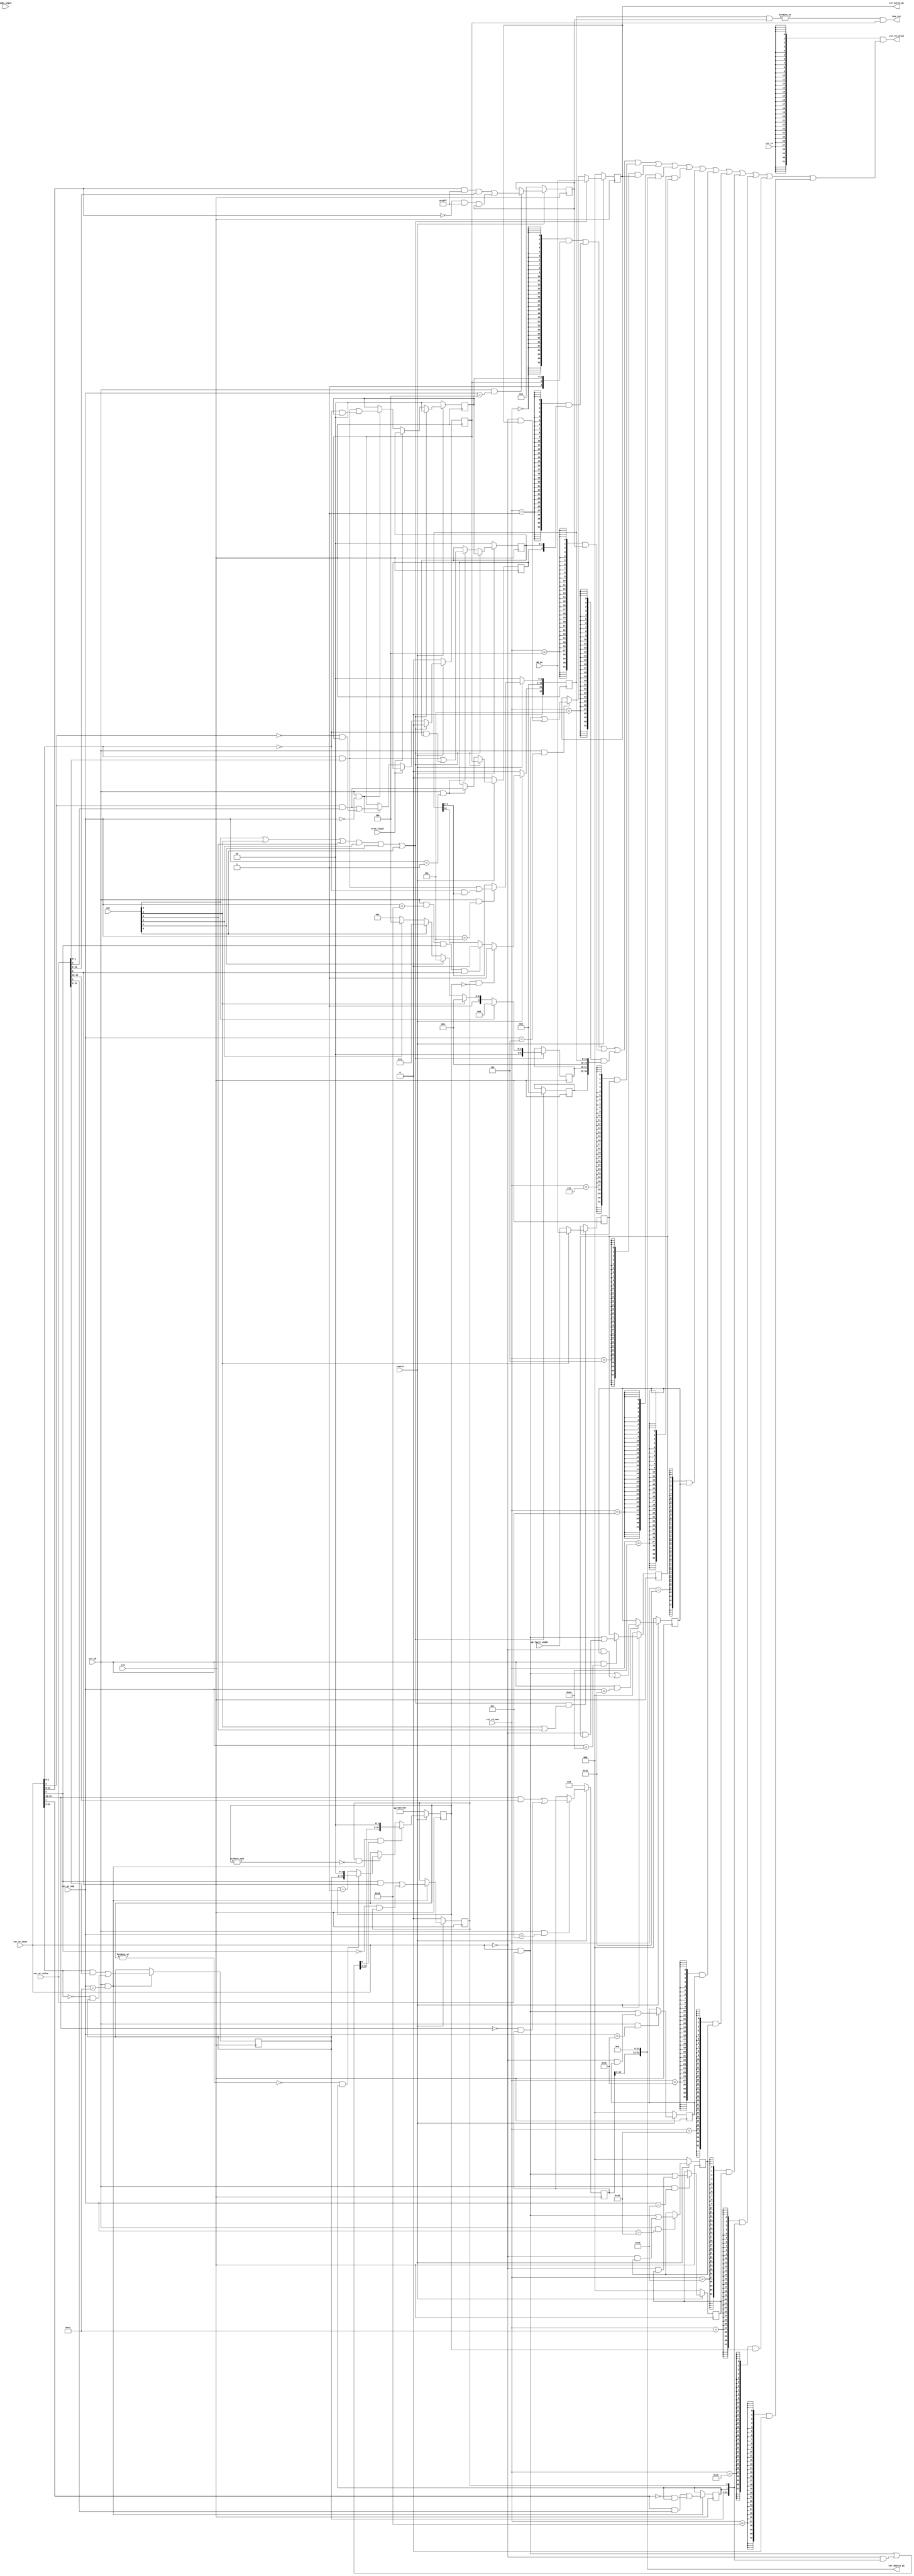
`timescale 1ns / 1ps

module csr(
    input         clk,
    input  [5 :0] exc,//{INT,ADEF,ALE,BRK,INE,SYS}
    input         ertn_flush,
    input         resetn,
    input         csr_re,
    input  [13:0] csr_wr_num,
    input  [13:0] csr_rd_num,
    input         csr_we,
    input  [31:0] csr_wr_mask,
    input  [31:0] csr_wr_value,
    input  [31:0] badv_input,
    input  [31:0] wb_pc,
    input  [31:0] wb_fault_vaddr,
    output [31:0] csr_rd_value,
    output [31:0] csr_eentry_pc,
    output [31:0] csr_eertn_pc,
    output        has_int
);


localparam  CSR_CRMD                = 14'h0,
            CSR_CRMD_PLV_START      = 0,
            CSR_CRMD_PLV_END        = 1,
            CSR_CRMD_IE             = 2,
            CSR_PRMD                = 14'h1,
            CSR_PRMD_PPLV_START     = 0,
            CSR_PRMD_PPLV_END       = 1,
            CSR_PRMD_PIE            = 2,
            CSR_ECFG                = 14'h4,
            CSR_ECFG_LIE_START      = 0,
            CSR_ECFG_LIE_END        = 12,
            CSR_ESTAT               = 14'h5,
            CSR_ESTAT_IS10_START    = 0,
            CSR_ESTAT_IS10_END      = 1,
            CSR_ERA                 = 14'h6,
            CSR_BADV                = 14'h7,
            CSR_ERA_PC_START        = 0,
            CSR_ERA_PC_END          = 31,
            CSR_EENTRY              = 14'hc,
            CSR_EENTRY_VA_START     = 12,
            CSR_EENTRY_VA_END       = 31,
            CSR_SAVE0               = 14'h30,
            CSR_SAVE1               = 14'h31,
            CSR_SAVE2               = 14'h32,
            CSR_SAVE3               = 14'h33,
            CSR_SAVE_DATA_START     = 0,
            CSR_SAVE_DATA_END       = 31,
            CSR_TICLR               = 14'h44,
            CSR_TICLR_CLR           = 0,
            CSR_TID                 = 14'h40,
            CSR_TID_TID_START       = 0,
            CSR_TID_TID_END         = 31,
            CSR_TCFG                = 14'h41,
            CSR_TCFG_EN             = 0,
            CSR_TCFG_PERIOD         = 1,
            CSR_TCFG_INITVAL_START  = 2,
            CSR_TCFG_INITVAL_END    = 31,
            CSR_TVAL                = 14'h42;
//crmd start
wire [31:0] csr_crmd;
reg  [1 :0] csr_crmd_plv;
reg         csr_crmd_ie;
//below should be down in virtual memory
wire        csr_crmd_da;
wire        csr_crmd_pg;
wire [1 :0] csr_crmd_datf;
wire [1 :0] csr_crmd_datm;
//crmd end
//prmd start
wire [31:0] csr_prmd;
reg  [1 :0] csr_prmd_pplv;
reg         csr_prmd_pie;
//prmd end
//ecfg start
wire [31:0] csr_ecfg;
reg  [12:0] csr_ecfg_lie;
//ecfg end
//estate start
wire [31:0] csr_estat;
reg  [12:0] csr_estat_is;
reg  [5 :0] csr_estat_ecode;
reg  [8 :0] csr_estat_esubcode;
wire [5 :0] wb_ecode;
wire [8 :0] wb_esubcode;
//estate end
//era start
wire [31:0] csr_era;
reg  [31:0] csr_era_pc;
//era end
//badv start
wire [31:0] csr_badv;
reg  [31:0] csr_badv_pc;
//badv end
//eentry start
wire [31:0] csr_eentry;
reg  [20:0] csr_eentry_va;
//eentry end
//savr start
reg  [31:0] csr_save0_data;
reg  [31:0] csr_save1_data;
reg  [31:0] csr_save2_data;
reg  [31:0] csr_save3_data;
//save end
//tid start
wire [31:0] csr_tid;
reg  [31:0] csr_tid_tid;
//tid end
//tcfg start
wire [31:0] csr_tcfg;
reg         csr_tcfg_en;
reg         csr_tcfg_periodic;
reg  [29:0] csr_tcfg_initval;
wire [31:0] tcfg_next_value;
wire [31:0] csr_tval;//tcfg is read only
//tcfg end
//tval begin
reg  [31:0] timer_cnt;
//tval end
//ticlr start
wire        csr_ticlr_clr;
//ticlr end
wire        wb_ex;
wire        int,adef,ale,brk,ine,sys;
wire        break;
//non-sense wire
wire [7 :0] hw_int_in;
wire [31:0] core_id;
wire        wb_ex_addr_err;

assign {int,adef,ale,brk,ine,sys} = exc;
assign wb_ex = int | adef | ale | brk | ine | sys;
assign wb_ecode = int ? 6'h0 : adef ? 6'h08 : ine ? 6'h0D : sys ? 6'hB : 
                  brk ? 6'hc : 6'h9;
assign wb_esubcode = 9'b0;
assign hw_int_in = 8'b0;
assign core_id = 32'b0;
assign has_int = ((|(csr_estat_is[12:0] & csr_ecfg_lie[12:0])) & csr_crmd_ie);
assign wb_ex_addr_err = adef | ale;
//crmd start
always @(posedge clk ) begin
    if(~resetn)
        csr_crmd_plv <= 2'b0;
    else if(wb_ex)
        csr_crmd_plv <= 2'b0;
    else if(ertn_flush)
        csr_crmd_plv <= csr_prmd_pplv;//eret
    else if(csr_we && csr_wr_num == CSR_CRMD)
        csr_crmd_plv <= csr_wr_mask[CSR_CRMD_PLV_END:CSR_CRMD_PLV_START] & csr_wr_value[CSR_CRMD_PLV_END:CSR_CRMD_PLV_START]
                        | ~csr_wr_mask[CSR_CRMD_PLV_END: CSR_CRMD_PLV_START] & csr_crmd_plv;
end

always @(posedge clk ) begin
    if(~resetn)
        csr_crmd_ie <= 1'b0;
    else if(wb_ex)
        csr_crmd_ie <= 1'b0;
    else if(ertn_flush)
        csr_crmd_ie <= csr_prmd_pie;
    else if(csr_we && csr_wr_num == CSR_CRMD)
        csr_crmd_ie <= csr_wr_mask[CSR_CRMD_IE] & csr_wr_value[CSR_CRMD_IE]
                       | ~csr_wr_mask[CSR_CRMD_IE] & csr_crmd_ie;
end
//virtual memory
assign csr_crmd_da   = 1'b1;
assign csr_crmd_pg   = 1'b0;
assign csr_crmd_datf = 2'b00;
assign csr_crmd_datm = 2'b00;
//crmd end

assign csr_crmd = {23'b0,csr_crmd_datm,csr_crmd_datf,csr_crmd_pg,csr_crmd_da,csr_crmd_ie,csr_crmd_plv};

//prmd start
always @(posedge clk ) begin
    if(~resetn)begin
        csr_prmd_pplv <= 2'b0;
        csr_prmd_pie  <= 1'b0;
    end
    else if(wb_ex)begin
        csr_prmd_pplv <= csr_crmd_plv;
        csr_prmd_pie  <= csr_crmd_ie;
    end
    else if(csr_we && csr_wr_num == CSR_PRMD)begin
        csr_prmd_pplv <= csr_wr_mask[CSR_PRMD_PPLV_END:CSR_PRMD_PPLV_START] & csr_wr_value[CSR_PRMD_PPLV_END:CSR_PRMD_PPLV_START]
                         | ~csr_wr_mask[CSR_PRMD_PPLV_END:CSR_PRMD_PPLV_START] & csr_prmd_pplv;
        csr_prmd_pie  <= csr_wr_mask[CSR_PRMD_PIE] & csr_wr_value[CSR_PRMD_PIE]
                         | ~csr_wr_mask[CSR_PRMD_PIE] & CSR_PRMD_PIE;
    end
end

assign csr_prmd = {29'b0,csr_prmd_pie,csr_prmd_pplv};
//prmd end

//ecfg start
always @(posedge clk ) begin
    if(~resetn)
        csr_ecfg_lie <= 13'b0;
    else if(csr_we && csr_wr_num == CSR_ECFG)
        csr_ecfg_lie <= csr_wr_mask[CSR_ECFG_LIE_END:CSR_ECFG_LIE_START] & 13'h1bff & csr_wr_value[CSR_ECFG_LIE_END:CSR_ECFG_LIE_START]
                        | ~csr_wr_mask[CSR_ECFG_LIE_END:CSR_ECFG_LIE_START] & 13'h1bff & csr_ecfg_lie;
end
assign csr_ecfg = {19'b0,csr_ecfg_lie};
//ecfg end

//estate start
always @(posedge clk ) begin
    if(~resetn)
        csr_estat_is[1:0] <= 2'b0;
    else if(csr_we && csr_wr_num == CSR_ESTAT)
        csr_estat_is[1:0] <= csr_wr_mask[CSR_ESTAT_IS10_END:CSR_ESTAT_IS10_START] & csr_wr_value[CSR_ESTAT_IS10_END:CSR_ESTAT_IS10_START]
                             | ~csr_wr_mask[CSR_ESTAT_IS10_END:CSR_ESTAT_IS10_START] & csr_estat_is[1:0];

    // csr_estat_is[9:2] = 8'b0;
    csr_estat_is[9:2] = hw_int_in[7:0]; // not achieved
    csr_estat_is[10] <= 1'b0;

    if(~resetn)
        csr_estat_is[11] <= 1'b0;
    else if(csr_tcfg_en && timer_cnt[31:0] == 32'b0)
        csr_estat_is[11] <= 1'b1;
    else if(csr_we & (csr_wr_num == CSR_TICLR)
                   & csr_wr_mask[CSR_TICLR_CLR] 
                   & csr_wr_value[CSR_TICLR_CLR])
        csr_estat_is[11] <= 1'b0;
    // csr_estat_is[11] <= 1'b0;
    csr_estat_is[12] <= 1'b0;
    // csr_estat_is[12] <= ipi_int_in;//not achieved
end
always @(posedge clk ) begin
    if(wb_ex)begin
        csr_estat_ecode <= wb_ecode;
        csr_estat_esubcode <= wb_esubcode;
    end
end
assign csr_estat = {1'b0,csr_estat_esubcode,csr_estat_ecode,3'b0,csr_estat_is};
//estate end

//era start
always @(posedge clk ) begin
    if(~resetn)
        csr_era_pc <= 32'b0;
    else if(wb_ex)
        csr_era_pc <= wb_pc;
    else if(csr_we && csr_wr_num == CSR_ERA)
        csr_era_pc <= csr_wr_mask[CSR_ERA_PC_END:CSR_ERA_PC_START] & csr_wr_value[CSR_ERA_PC_END:CSR_ERA_PC_START]
                      | ~csr_wr_mask[CSR_ERA_PC_END:CSR_ERA_PC_START] & csr_era_pc;
end
assign csr_era = csr_era_pc;
//era end
//badv start
always @(posedge clk ) begin
    if(wb_ex & wb_ex_addr_err)
        csr_badv_pc <= (adef)? wb_pc: wb_fault_vaddr;//not support virtual memory
end
assign csr_badv = csr_badv_pc;
//badv end
//eentry start
always @(posedge clk ) begin
    if(~resetn)
        csr_eentry_va <= 20'b0;
    else if(csr_we && csr_wr_num == CSR_EENTRY)
        csr_eentry_va <= csr_wr_mask[CSR_EENTRY_VA_END:CSR_EENTRY_VA_START] & csr_wr_value[CSR_EENTRY_VA_END:CSR_EENTRY_VA_START]
                         | ~csr_wr_mask[CSR_EENTRY_VA_END:CSR_EENTRY_VA_START] & csr_eentry_va;
end
assign csr_eentry = {csr_eentry_va,12'b0};
//eentry end

//save start
always @(posedge clk ) begin
    if(~resetn)
        csr_save0_data <= 32'b0;
    else if(csr_we && csr_wr_num == CSR_SAVE0)
        csr_save0_data <= csr_wr_mask[CSR_SAVE_DATA_END:CSR_SAVE_DATA_START] & csr_wr_value[CSR_SAVE_DATA_END:CSR_SAVE_DATA_START]
                          | ~csr_wr_mask[CSR_SAVE_DATA_END:CSR_SAVE_DATA_START] & csr_save0_data;
    if(~resetn)
        csr_save1_data <= 32'b0;
    else if(csr_we && csr_wr_num == CSR_SAVE1)
        csr_save1_data <= csr_wr_mask[CSR_SAVE_DATA_END:CSR_SAVE_DATA_START] & csr_wr_value[CSR_SAVE_DATA_END:CSR_SAVE_DATA_START]
                          | ~csr_wr_mask[CSR_SAVE_DATA_END:CSR_SAVE_DATA_START] & csr_save1_data;
    if(~resetn)
        csr_save2_data <= 32'b0;
    else if(csr_we && csr_wr_num == CSR_SAVE2)
        csr_save2_data <= csr_wr_mask[CSR_SAVE_DATA_END:CSR_SAVE_DATA_START] & csr_wr_value[CSR_SAVE_DATA_END:CSR_SAVE_DATA_START]
                          | ~csr_wr_mask[CSR_SAVE_DATA_END:CSR_SAVE_DATA_START] & csr_save2_data;
    if(~resetn)
        csr_save3_data <= 32'b0;
    else if(csr_we && csr_wr_num == CSR_SAVE3)
        csr_save3_data <= csr_wr_mask[CSR_SAVE_DATA_END:CSR_SAVE_DATA_START] & csr_wr_value[CSR_SAVE_DATA_END:CSR_SAVE_DATA_START]
                          | ~csr_wr_mask[CSR_SAVE_DATA_END:CSR_SAVE_DATA_START] & csr_save3_data;
end
//save end
//tid begin
always @(posedge clk ) begin
    if(~resetn)
        csr_tid_tid <= core_id;
    else if(csr_we && csr_wr_num == CSR_TID)
        csr_tid_tid <= csr_wr_mask[CSR_TID_TID_END:CSR_TID_TID_START] & csr_wr_value[CSR_TID_TID_END:CSR_TID_TID_START]
                       | ~csr_wr_mask[CSR_TID_TID_END:CSR_TID_TID_START] & csr_tid_tid;
end
assign csr_tid = csr_tid_tid;
//tid end
//tcfg begin
always @(posedge clk ) begin
    if(~resetn)
        csr_tcfg_en <= 1'b0;
    else if(csr_we && csr_wr_num == CSR_TCFG)
        csr_tcfg_en <= csr_wr_mask[CSR_TCFG_EN:CSR_TCFG_EN] & csr_wr_value[CSR_TCFG_EN:CSR_TCFG_EN]
                       | ~csr_wr_mask[CSR_TCFG_EN:CSR_TCFG_EN] & csr_tcfg_en;
    if(csr_we && csr_wr_num == CSR_TCFG)begin
        csr_tcfg_periodic <= csr_wr_mask[CSR_TCFG_PERIOD] & csr_wr_value[CSR_TCFG_PERIOD]
                             | ~csr_wr_mask[CSR_TCFG_PERIOD] & csr_tcfg_periodic;
        csr_tcfg_initval <= csr_wr_mask[CSR_TCFG_INITVAL_END:CSR_TCFG_INITVAL_START] & csr_wr_value[CSR_TCFG_INITVAL_END:CSR_TCFG_INITVAL_START]
                            | ~csr_wr_mask[CSR_TCFG_INITVAL_END:CSR_TCFG_INITVAL_START] & csr_tcfg_initval;
    end
end
assign csr_tcfg = {csr_tcfg_initval,csr_tcfg_periodic,csr_tcfg_en};
//tcfg end
//tval begin
assign tcfg_next_value = csr_wr_mask[31:0] & csr_wr_value
                         | ~csr_wr_mask[31:0] & {csr_tcfg_initval,csr_tcfg_periodic,csr_tcfg_en};
always @(posedge clk ) begin
    if(~resetn)
        timer_cnt <= 32'hffffffff;
    else if(csr_we && csr_wr_num == CSR_TCFG && tcfg_next_value[CSR_TCFG_EN])
        timer_cnt <= {tcfg_next_value[CSR_TCFG_INITVAL_END:CSR_TCFG_INITVAL_START],2'b0};
    else if(csr_tcfg_en & ~&timer_cnt)
        if((~|timer_cnt) & csr_tcfg_periodic)
            timer_cnt <= {csr_tcfg_initval,2'b0};
        else
            timer_cnt <= timer_cnt - 1'b1;
end
assign csr_tval = timer_cnt;
//tval end
assign csr_ticlr_clr = 1'b0;
assign csr_rd_value = {32{csr_re}}
                    & ( {32{csr_rd_num == CSR_CRMD}} & csr_crmd
                        | {32{csr_rd_num == CSR_PRMD}} & csr_prmd
                        | {32{csr_rd_num == CSR_ECFG}} & csr_ecfg
                        | {32{csr_rd_num == CSR_ESTAT}} & csr_estat
                        | {32{csr_rd_num == CSR_BADV}} & csr_badv
                        | {32{csr_rd_num == CSR_ERA}}   & csr_era
                        | {32{csr_rd_num == CSR_EENTRY}} & csr_eentry
                        | {32{csr_rd_num == CSR_SAVE0}} & csr_save0_data
                        | {32{csr_rd_num == CSR_SAVE1}} & csr_save1_data
                        | {32{csr_rd_num == CSR_SAVE2}} & csr_save2_data
                        | {32{csr_rd_num == CSR_SAVE3}} & csr_save3_data
                        | {32{csr_rd_num == CSR_TID}} & csr_tid
                        | {32{csr_rd_num == CSR_TCFG}} & csr_tcfg
                        | {32{csr_rd_num == CSR_TVAL}} & csr_tval
                        | {32{csr_rd_num == CSR_TICLR}} & 32'b0);
assign csr_eentry_pc = csr_eentry;
assign csr_eertn_pc  = csr_era;
endmodule